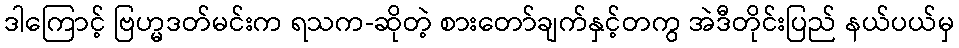
ဒါကြောင့် ဗြဟ္မဒတ်မင်းက ရသက-ဆိုတဲ့ စားတော်ချက်နှင့်တကွ အဲဒီတိုင်းပြည် နယ်ပယ်မှ